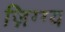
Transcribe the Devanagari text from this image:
ज़िग्ग्य